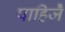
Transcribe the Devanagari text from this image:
पाहिजेँ